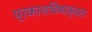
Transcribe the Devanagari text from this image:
प्रकाशविषाक्तता